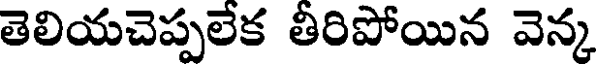
తెలియచెప్పలేక తీరిపోయిన వెన్క